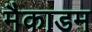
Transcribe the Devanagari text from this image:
मैकाडम